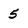
Character: 5